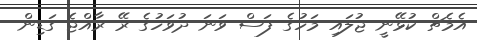
އެމެޗް ކުޅޭނީ ޖުލައި މަހުގެ ފަސް ވަނަ ދުވަހުގެ ރޭ ރާއްޖެ ގަޑިން